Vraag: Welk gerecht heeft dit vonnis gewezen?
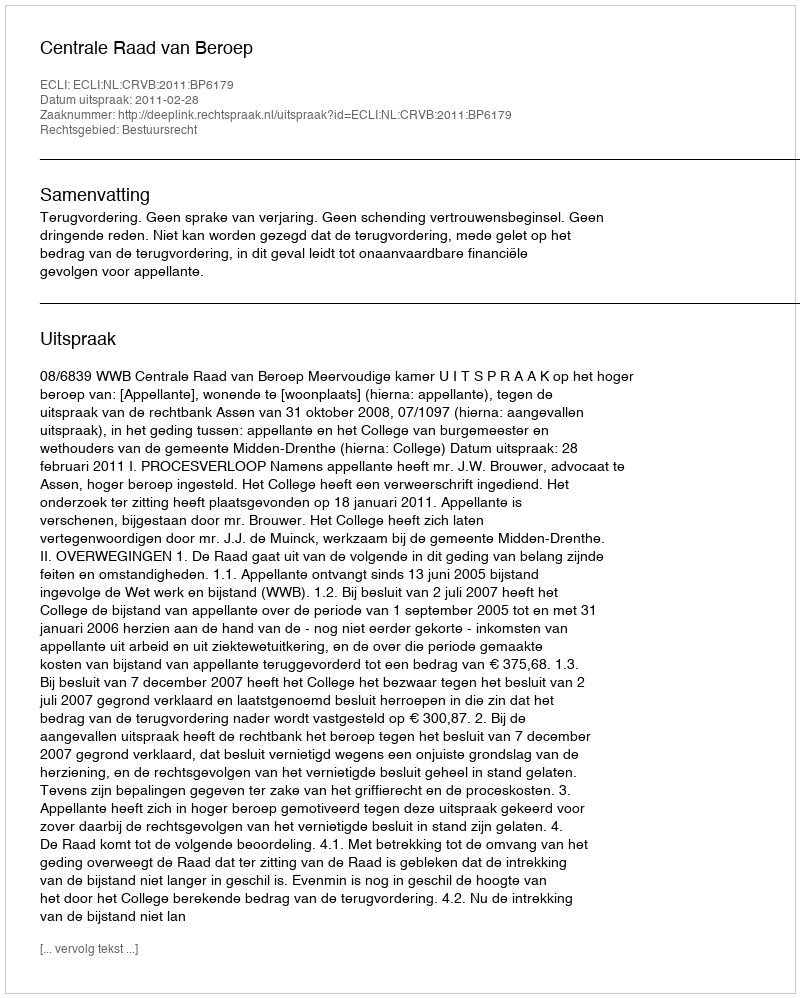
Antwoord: Centrale Raad van Beroep